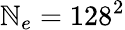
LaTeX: \mathbb{N}_{e}=128^{2}